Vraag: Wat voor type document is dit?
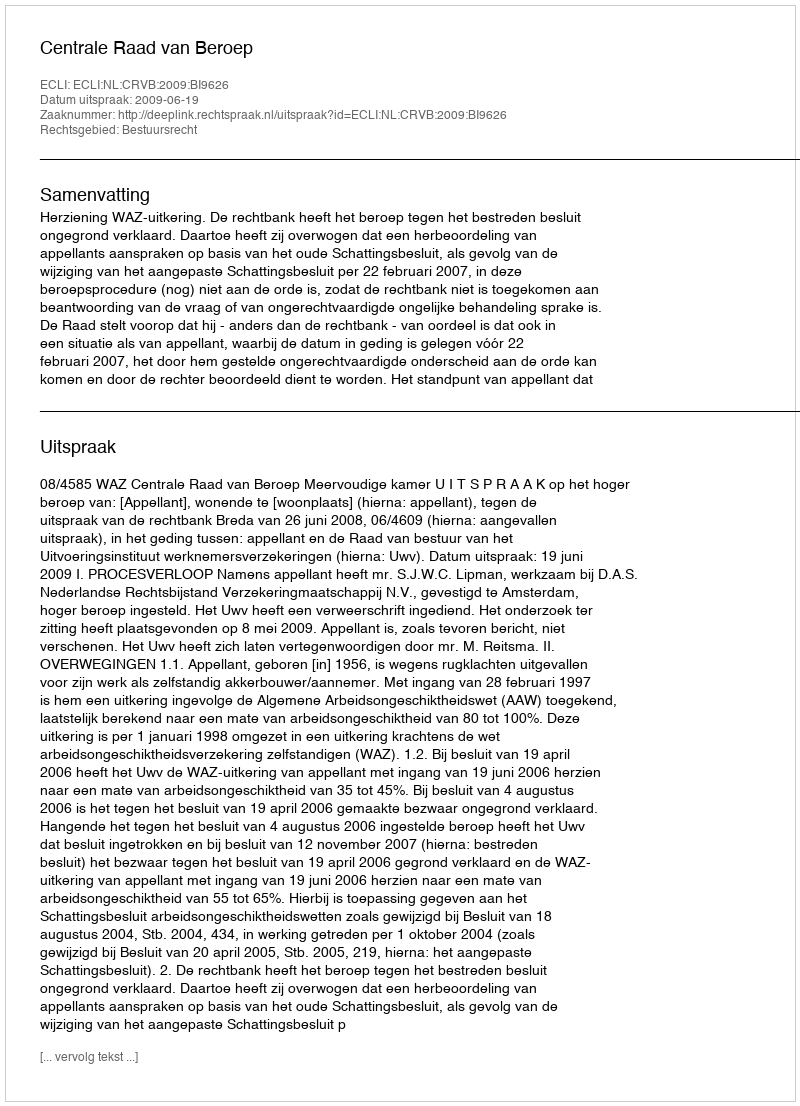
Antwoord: Uitspraak